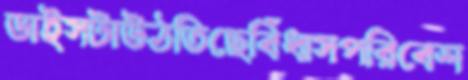
ডাইসটাউঠতিছেবিঁধাসপরিবেশ